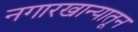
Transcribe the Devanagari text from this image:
नगारखान्यातून